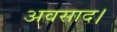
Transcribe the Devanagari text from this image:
अवसाद।